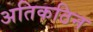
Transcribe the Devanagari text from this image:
अतिकठिन